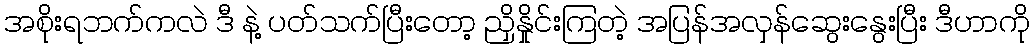
အစိုးရဘက်ကလဲ ဒီ နဲ့ ပတ်သက်ပြီးတော့ ညှိနှိုင်းကြတဲ့ အပြန်အလှန်ဆွေးနွေးပြီး ဒီဟာကို